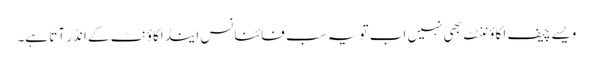
ویسے چیف اکاؤننٹٹ بھی نہیں اب تو یہ سب فائنانس اینڈ اکاؤنٹ کے انڈر آتا ہے۔